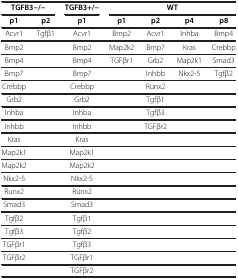
| <COLSPAN=2> TGFΒ3−/− | TGFΒ3+/− | <COLSPAN=4> WT |
 | --- | --- | --- | --- | --- | --- | --- |
 | p1 | p2 | p1 | p1 | p2 | p4 | p8 |
 | Acvr1 | Tgfβ1 | Acvr1 | Bmp2 | Acvr1 | Inhba | Bmp4 |
 | Bmp2 |  | Bmp2 | Map2k2 | Bmp7 | Kras | Crebbp |
 | Bmp4 |  | Bmp4 | TGFβr1 | Grb2 | Map2k1 | Smad3 |
 | Bmp7 |  | Bmp7 |  | Inhbb | Nkx2-5 | Tgfβ2 |
 | Crebbp |  | Crebbp |  | Runx2 |  |  |
 | Grb2 |  | Grb2 |  | Tgfβ1 |  |  |
 | Inhba |  | Inhba |  | Tgfβ3 |  |  |
 | Inhbb |  | Inhbb |  | TGFβr2 |  |  |
 | Kras |  | Kras |  |  |  |  |
 | Map2k1 |  | Map2k1 |  |  |  |  |
 | Map2k2 |  | Map2k2 |  |  |  |  |
 | Nkx2-5 |  | Nkx2-5 |  |  |  |  |
 | Runx2 |  | Runx2 |  |  |  |  |
 | Smad3 |  | Smad3 |  |  |  |  |
 | Tgfβ2 |  | Tgfβ1 |  |  |  |  |
 | Tgfβ3 |  | Tgfβ2 |  |  |  |  |
 | TGFβr1 |  | Tgfβ3 |  |  |  |  |
 | TGFβr2 |  | TGFβr1 |  |  |  |  |
 |  |  | TGFβr2 |  |  |  |  |